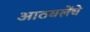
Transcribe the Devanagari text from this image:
आठवलेंचे